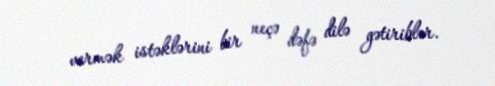
vermək istəklərini bir neçə dəfə dilə gətiriblər.